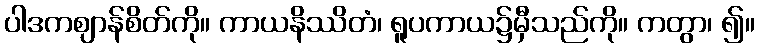
ပါဒကဈာန်စိတ်ကို။ ကာယနိဿိတံ၊ ရူပကာယ၌မှီသည်ကို။ ကတွာ၊ ၍။